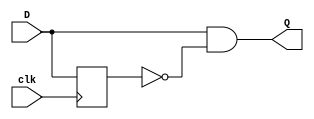
module positiveEdgeDetection ( 
	input D,          
   input clk,           
   output Q
);           
 
reg  D_dly;                        
 
always @ (posedge clk) begin
   D_dly <= D;
end

assign Q = D & ~D_dly;            
endmodule